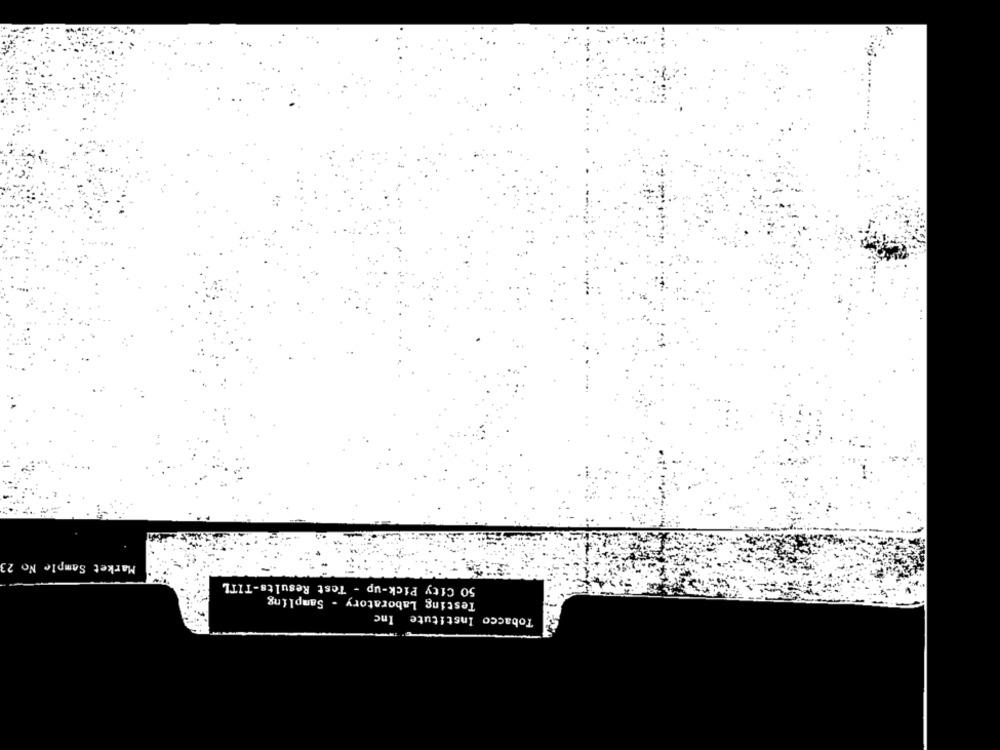
Market Sample No 23
50 City Pick-up - Test Results-TITL
Testing Laboratory - Sampling
Tobacco Institute Inc